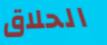
الحلاق